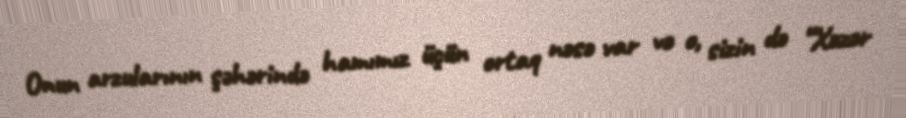
Onun arzularının şəhərində hamımız üçün ortaq nəsə var və o, sizin də “Xəzər